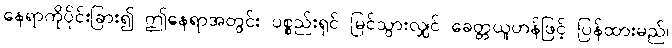
နေရာကိုပိုင်းခြား၍ ဤနေရာအတွင်း ပစ္စည်းရှင် မြင်သွားလျှင် ခေတ္တယူဟန်ဖြင့် ပြန်ထားမည်၊